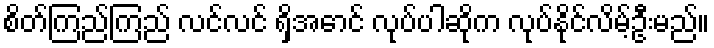
စိတ်ကြည်ကြည် လင်လင် ရှိအောင် လုပ်ပါဆိုက လုပ်နိုင်လိမ့်ဦးမည်။